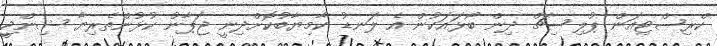
ކްރިސްޓިއަން ޕުލިސިޗް ދިން ބޯޅައަކުން އެ ލަނޑު ކާމިޔާބުކޮށްދިނީ ޖަޕާނު ކުޅުންތެރިޔާ ޝިންޖީ